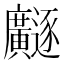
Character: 𫸐